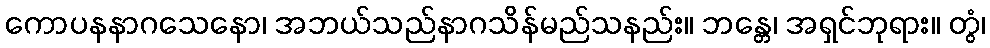
ကောပနနာဂသေနော၊ အဘယ်သည်နာဂသိန်မည်သနည်း။ ဘန္တေ၊ အရှင်ဘုရား။ တွံ၊